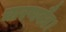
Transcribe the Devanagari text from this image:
चारणवैद्य।